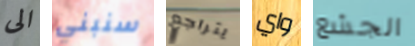
الى سنبني يتراجع واي الجشع